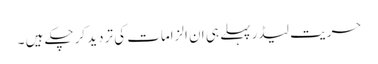
حریت لیڈر پہلے ہی ان الزامات کی تردید کرچکے ہیں ۔